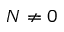
N \neq 0